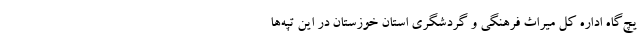
یچ‌گاه اداره‌ کل میراث فرهنگی و گردشگری استان خوزستان در این تپه‌ها